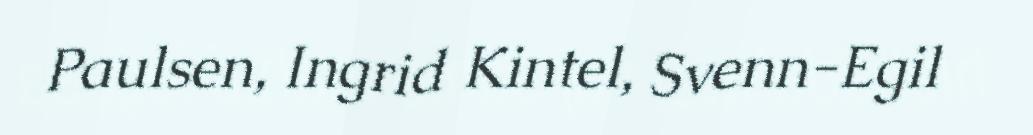
Paulsen, Ingrid Kintel, Svenn-Egil